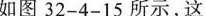
如图32-4-15所示，这